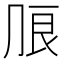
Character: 𰰔